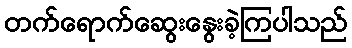
တက်ရောက်ဆွေးနွေးခဲ့ကြပါသည်